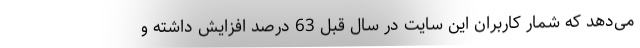
می‌دهد که شمار کاربران این سایت در سال قبل 63 درصد افزایش داشته و